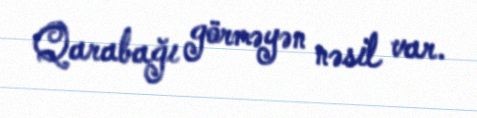
Qarabağı görməyən nəsil var.